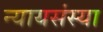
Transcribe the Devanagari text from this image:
न्यायसंस्या